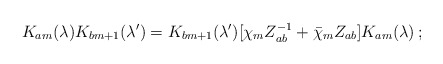
\begin{align*}K _{am}(\lambda)K_{bm+1}(\lambda ^\prime)=K_{bm+1}(\lambda ^\prime)[\chi _m Z_{ab}^{-1}+\bar \chi _m Z_{ab}]K_{am}(\lambda )\, ; \end{align*}